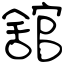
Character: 舘